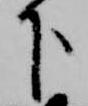
下